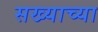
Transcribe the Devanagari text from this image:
सख्याच्या